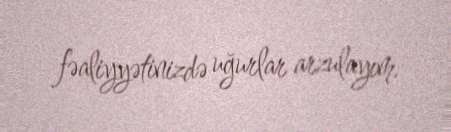
fəaliyyətinizdə uğurlar arzulayım.